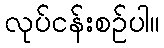
လုပ်ငန်းစဉ်ပါ။